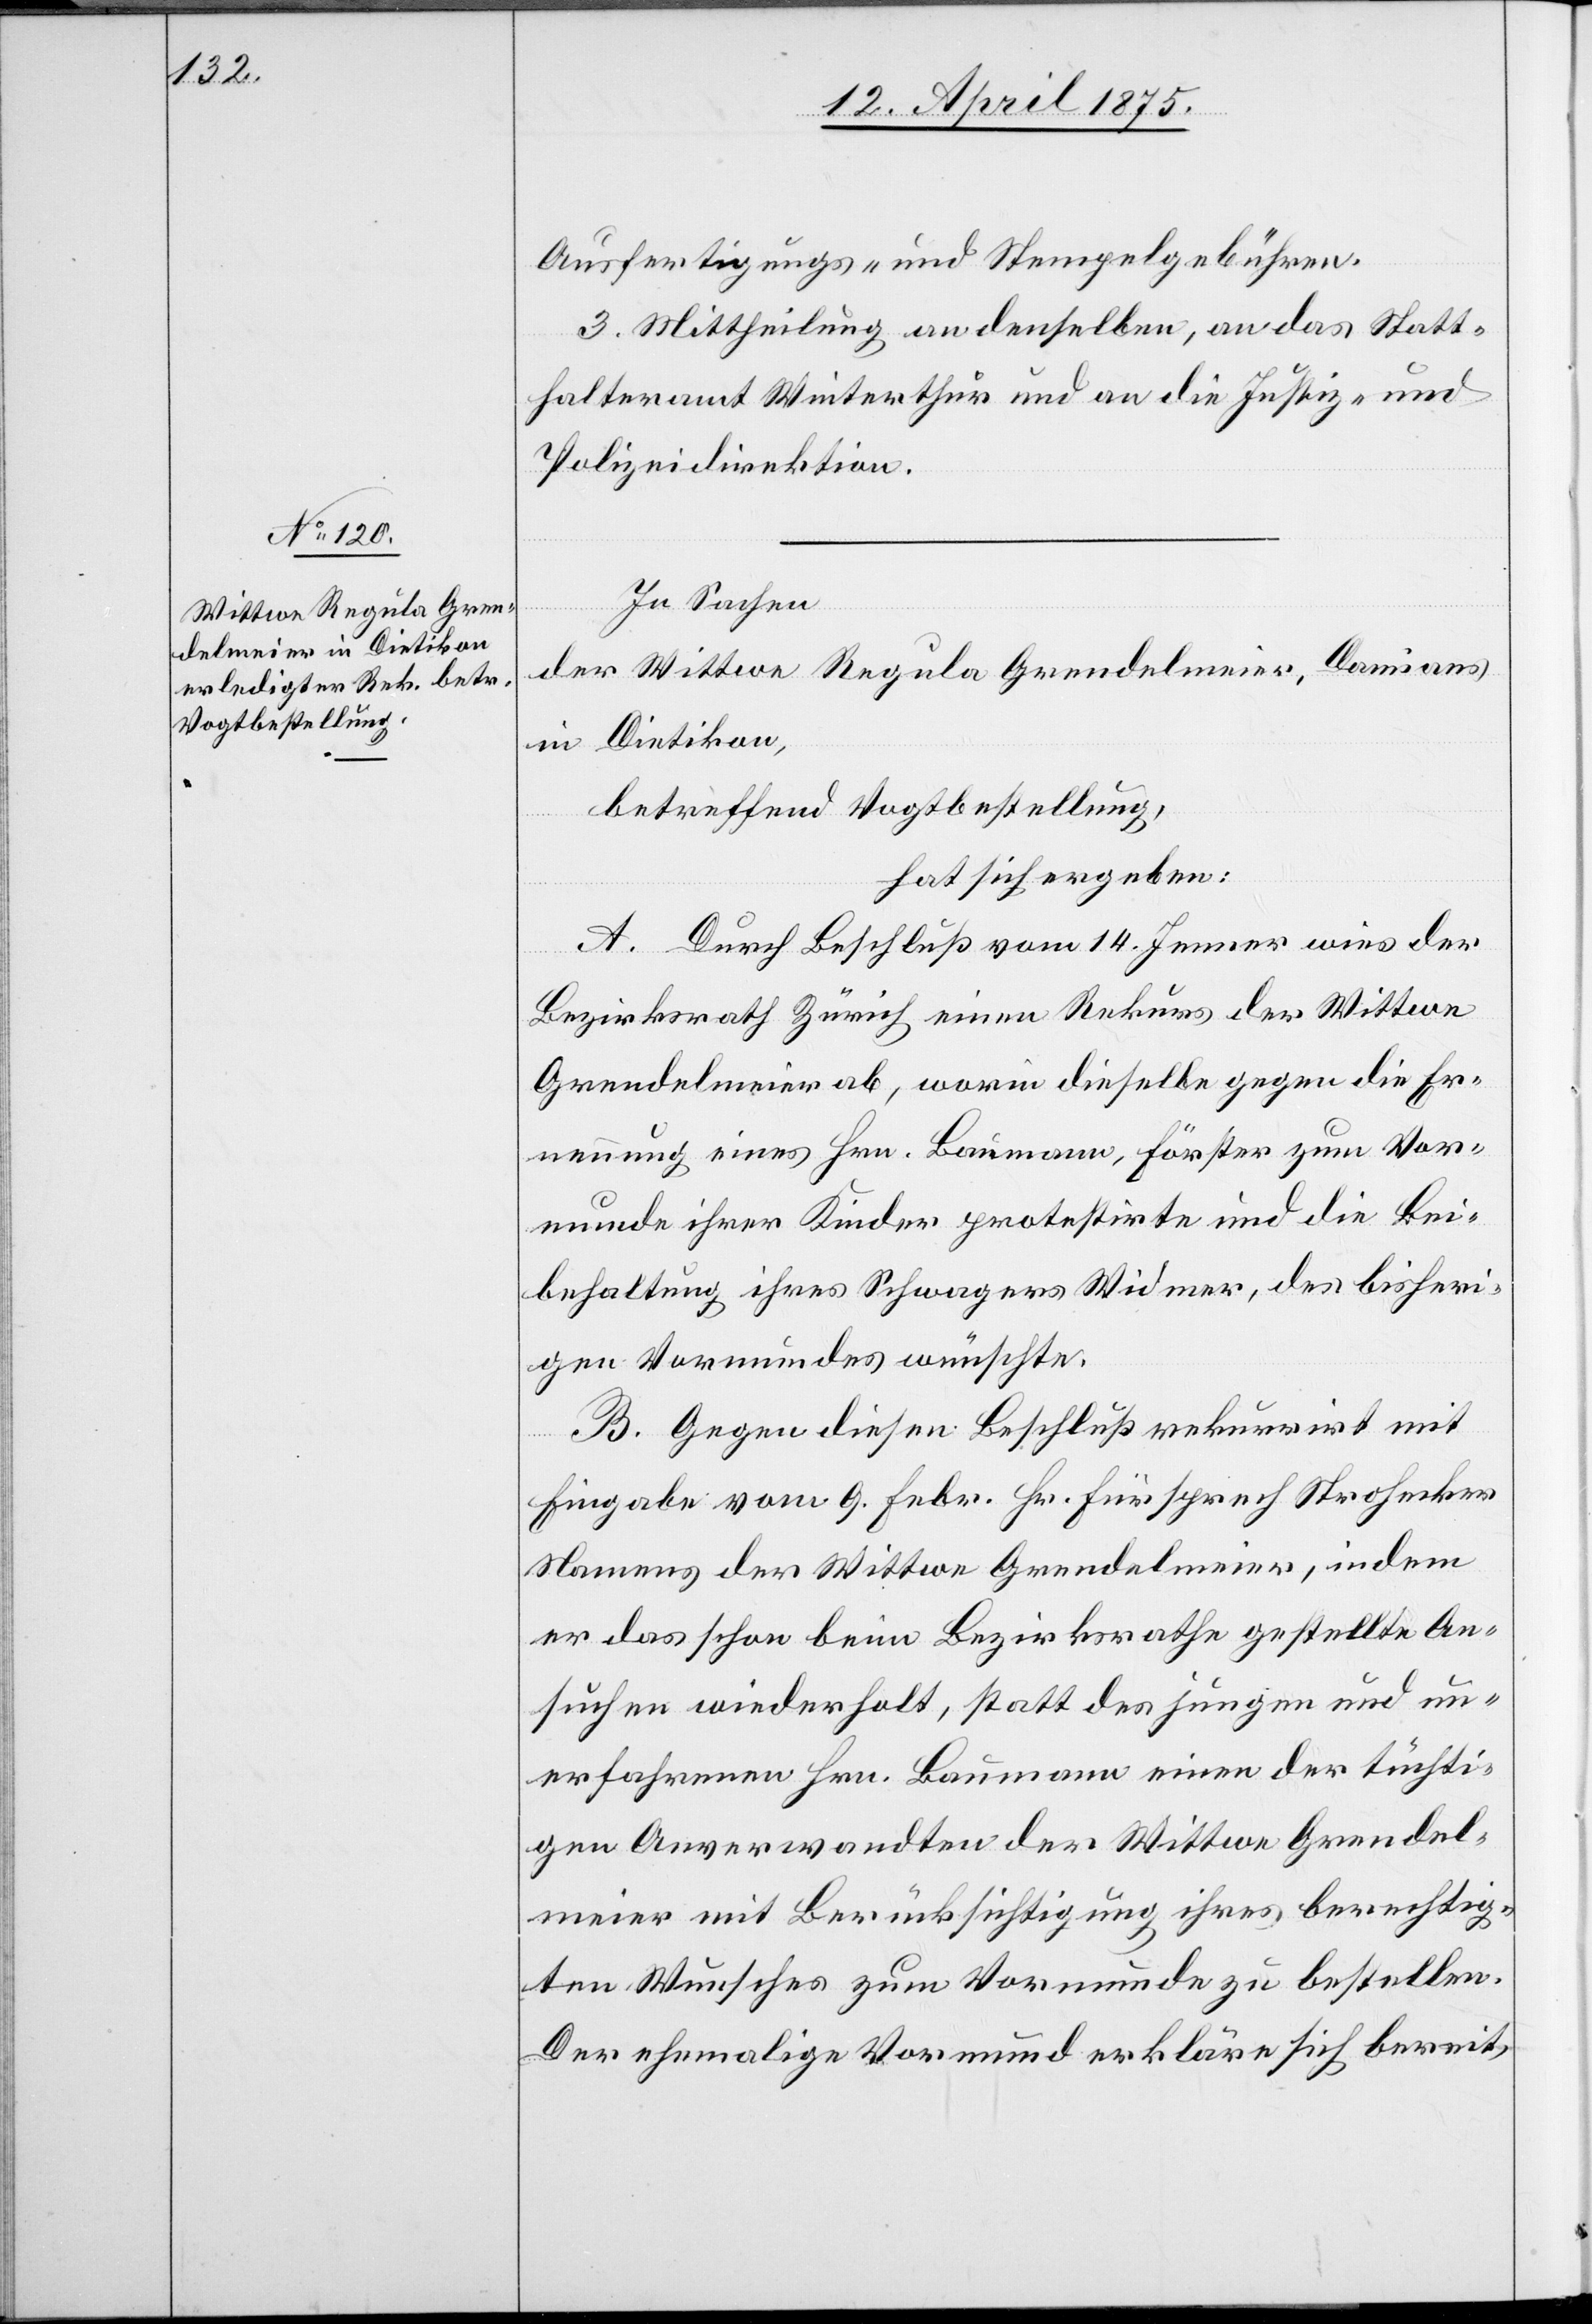
Ausfertigungs- und Stempelgebühren.
3. Mittheilung an denselben, an das Statt¬
halteramt Winterthur und an die Justiz und
Polizeidirektion.
In Sachen
in Dietikon,
betreffend Vogtbestellung,
Damisans
hat sich ergeben:
A. Durch Beschluß vom 14. Jenner wies der
Bezirksrath Zürich einen Rekurs der Wittwe
Grendelmeier, worin dieselbe gegen die Er¬
nennung eines Hrn. Baumann Förster zum Vor¬
munde ihrer Kinder protestirte und die Bei¬
behaltung ihres Schwagers Widmer, des bisheri¬
gen Vormundes wünschte.
B. Gegen diesen Beschluß rekurrirt mit
Eingabe vom 9. Febr. Hr. Fürsprech Strohecker
Namens der Wittwe Grendelmeier, indem
er das schon beim Bezirksrathe gestellte An¬
suchen wiederholt, statt des jungen und un¬
erfahrenen Hrn. Baumann einen tüchti¬
gen Anverwandten der Wittwe Grendel¬
meier mit Berücksichtigung ihres berechtig¬
ten Wunsches zum Vormunde zu bestellen.
Der ehemalige Vormund erklärt sich bereit,